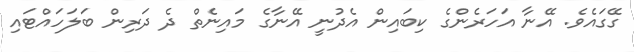
ގޭގައެވެ. އޭނާ އަހަރެންގެ ކިބައިން އެދުނީ އޭނާގެ މައިނެތް ދެ ދަރިން ބަލަހައްޓައި